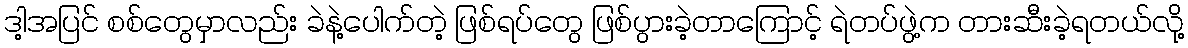
ဒါ့အပြင် စစ်တွေမှာလည်း ခဲနဲ့ပေါက်တဲ့ ဖြစ်ရပ်တွေ ဖြစ်ပွားခဲ့တာကြောင့် ရဲတပ်ဖွဲ့က တားဆီးခဲ့ရတယ်လို့